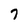
Character: 7